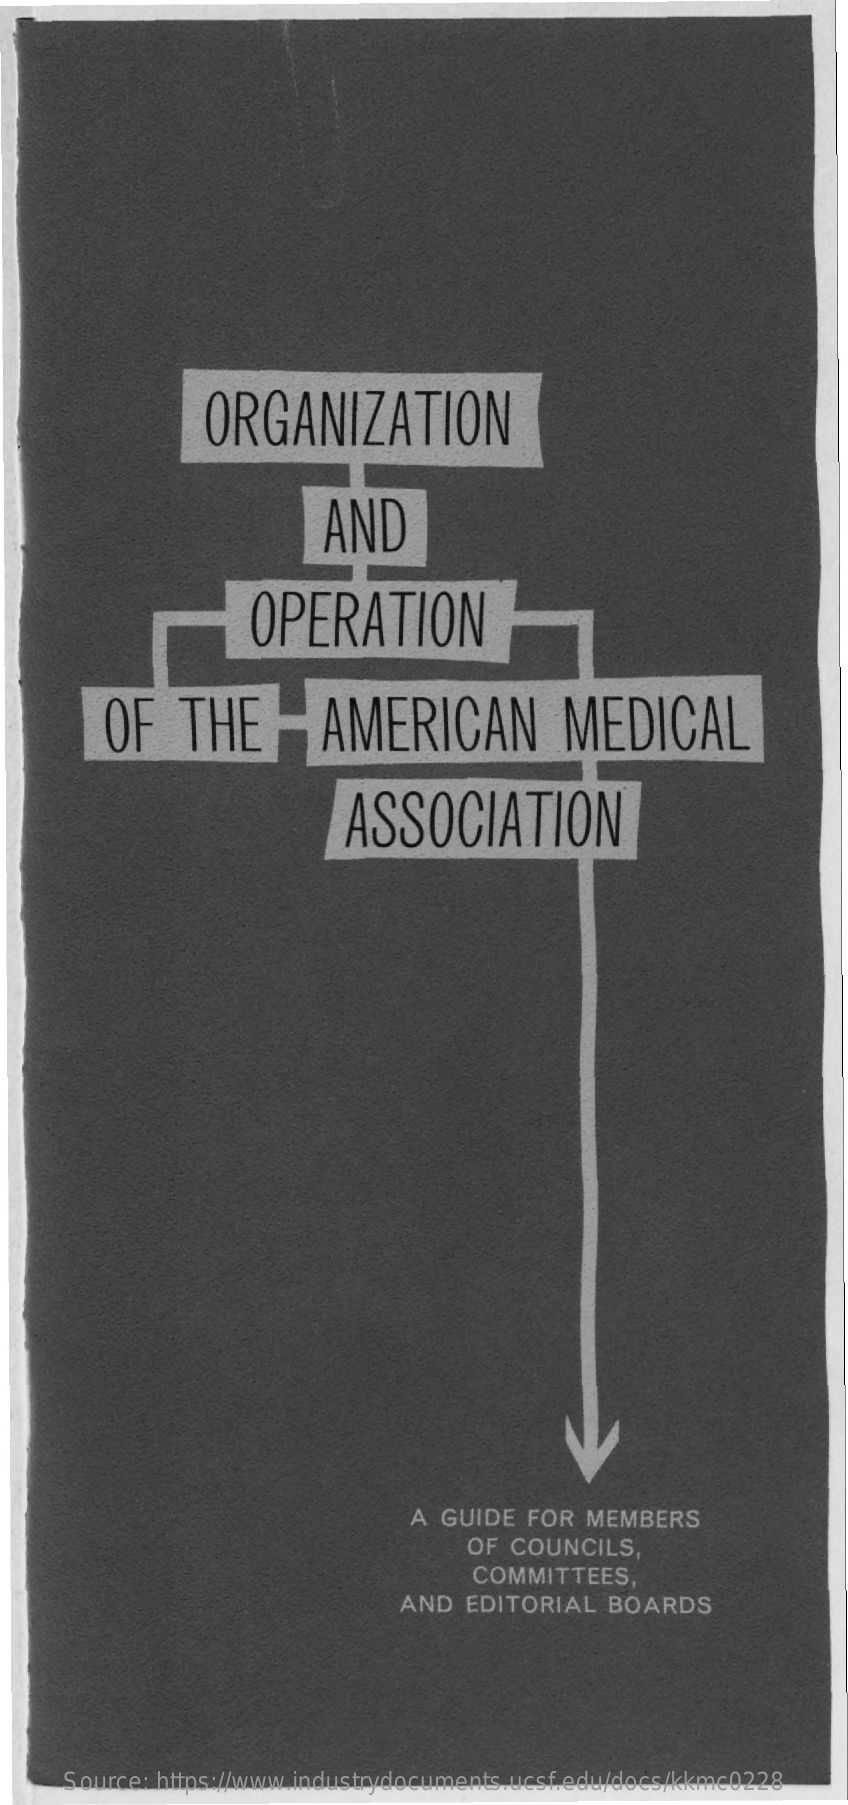
ORGANIZATION
     AND
     OPERATION
     OF    THE    AMERICAN    MEDICAL
     ASSOCIATION
     A GUIDE  FOR  MEMBERS
     OF COUNCILS,
     COMMITTEES,
     AND  EDITORIAL   BOARDS
     Source: https://www.industrydocuments.ucsf.edu/docs/kkmc0228